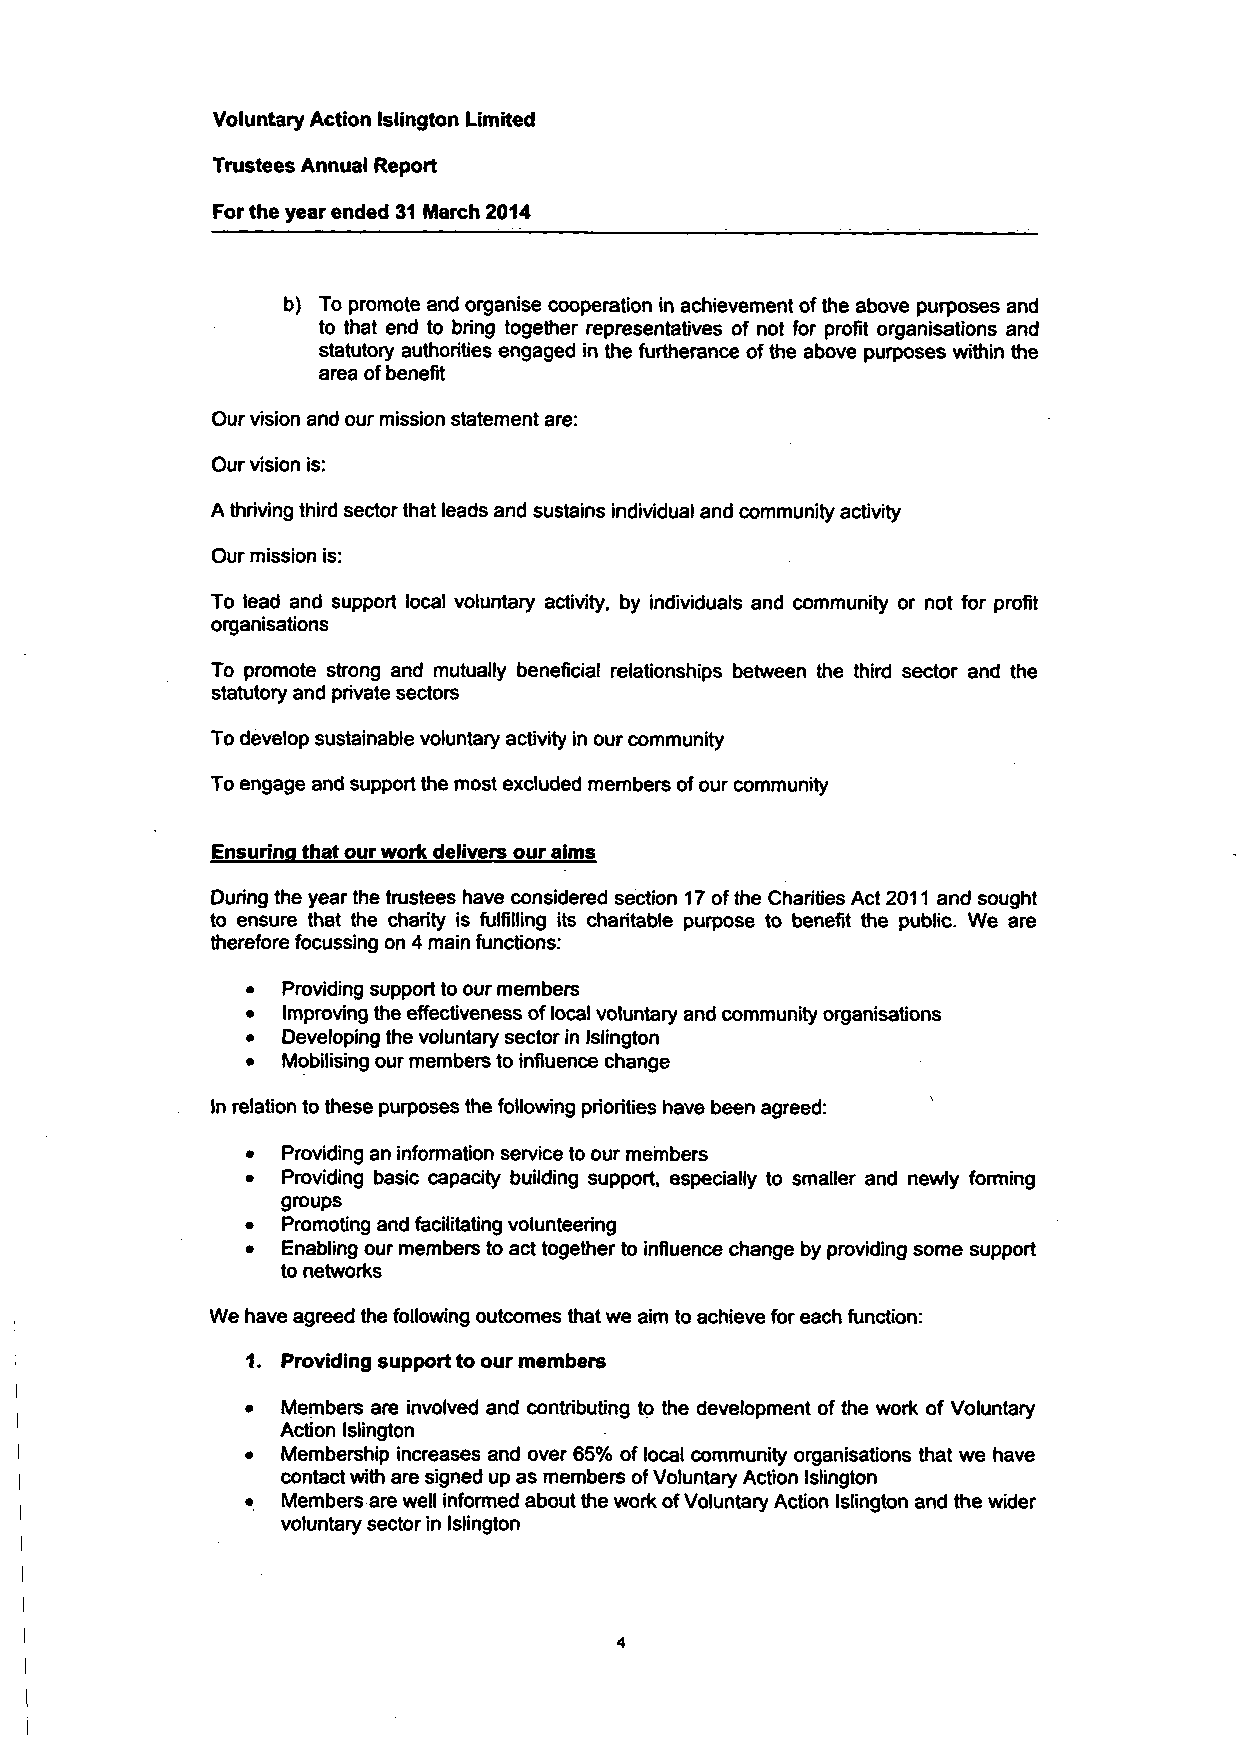
Voluntary Action Islington Limited
 Trustees Annual Report
 For the year ended 31 March 2014
 b) To promote and organise cooperation in achievement of the above purposes and
 to that end to bring together representatives of not for profit organisations and
 statutory authorities engaged in the furtherance of the above purposes within the
 area of benefit
 Our vision and our mission statement are:
 Our vision is:
 A thriving third sector that leads and sustains individual and community activity
 Our mission is:
 To lead and support local voluntary activity, by individuals and community or not for profit
 organisations
 To promote strong and mutually beneficial relationships between the third sector and the
 statutory and private sectors
 To develop sustainable voluntary activity in our community
 To engage and support the most excluded members of our community
 Ensuring that our work delivers our aims
 During the year the trustees have considered section 17 of the Charities Act 2011 and sought
 to ensure that the charity is fulfilling its charitable purpose to benefit the public. We are
 therefore focussing on 4 main functions:
 •  Providing support to our members
 •  Improving the effectiveness of local voluntary and community organisations
 •  Developing the voluntary sector in Islington
 •  Mobilising our members to influence change
 In relation to these purposes the following priorities have been agreed:
 •  Providing an information service to our members
 •  Providing basic capacity building support, especially to smaller and newly forming
 groups
 •  Promoting and facilitating volunteering
 •  Enabling our members to act together to influence change by providing some support
 to networks
 We have agreed the following outcomes that we aim to achieve for each function:
 1. Providing support to our members
 •  Members are involved and contributing to the development of the work of Voluntary
 Action Islington
 •  Membership increases and over 65% of local community organisations that we have
 contact with are signed up as members of Voluntary Action Islington
 •  Members are well informed about the work of Voluntary Action Islington and the wider
 voluntary sector in Islington
 4